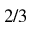
2 / 3